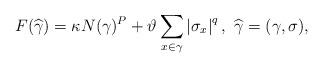
LaTeX: \begin{align*}F(\widehat{\gamma })=\kappa N(\gamma )^{P}+\vartheta \sum_{x\in \gamma}\left\vert \sigma _{x}\right\vert ^{q},\ \widehat{\gamma }=(\gamma,\sigma ), \end{align*}